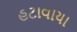
હટાવાયા